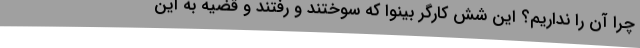
چرا آن را نداریم؟ این شش کارگر بینوا که سوختند و رفتند و قضیه به این